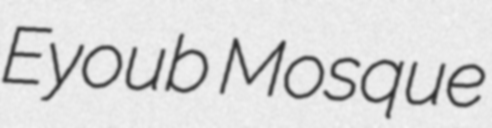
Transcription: Eyoub Mosque